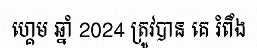
ហ្គេម ឆ្នាំ 2024 ត្រូវបាន គេ រំពឹង